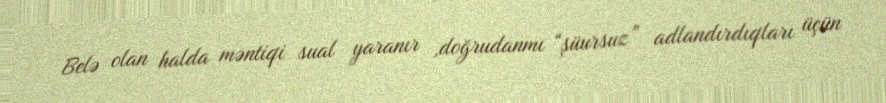
Belə olan halda məntiqi sual yaranır ,doğrudanmı “şüursuz” adlandırdıqları üçün